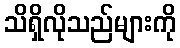
သိရှိလိုသည်များကို